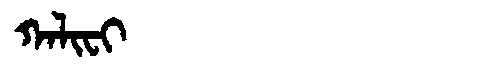
Manchu: ᡴᠠᠯᡳᠸᡳ
Romanization: KALIFI